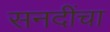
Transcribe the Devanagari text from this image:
सनदींचा